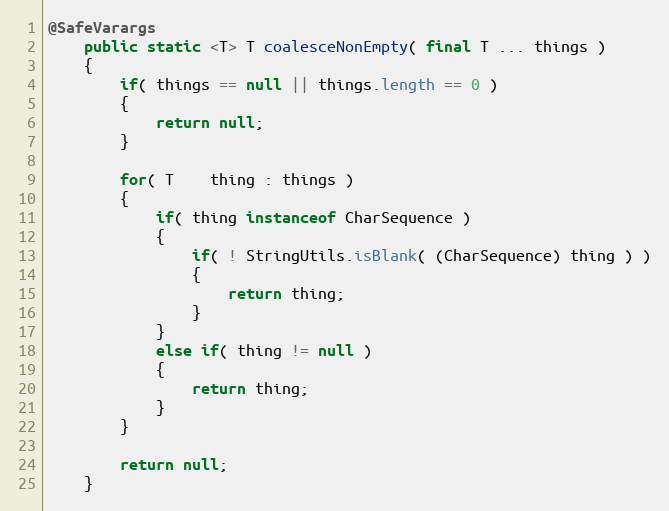
Language: Java
@SafeVarargs
    public static <T> T coalesceNonEmpty( final T ... things )
    {
        if( things == null || things.length == 0 )
        {
            return null;
        }

        for( T    thing : things )
        {
            if( thing instanceof CharSequence )
            {
                if( ! StringUtils.isBlank( (CharSequence) thing ) )
                {
                    return thing;
                }
            }
            else if( thing != null )
            {
                return thing;
            }
        }

        return null;
    }